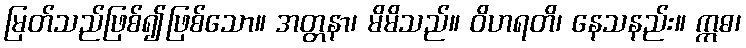
မြတ်သည်ဖြစ်၍ဖြစ်သော။ အတ္တနာ၊ မိမိသည်။ ဝိဟရတိ၊ နေသနည်း။ ဣဓ၊